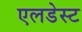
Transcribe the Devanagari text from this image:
एलडेस्ट